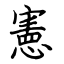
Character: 憲